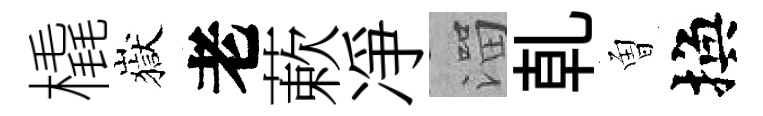
橇嶽老蔌凈溜乹曽換